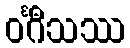
ဝင်္ဂီသဿ